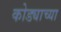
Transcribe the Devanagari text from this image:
कोड्याच्या